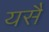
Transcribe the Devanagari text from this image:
यसै